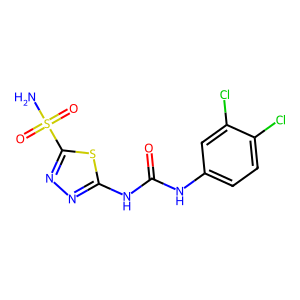
SMILES: NS(=O)(=O)c1nnc(NC(=O)Nc2ccc(Cl)c(Cl)c2)s1
Inhibits HIV replication: No